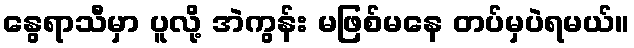
နွေရာသီမှာ ပူလို့ အဲကွန်း မဖြစ်မနေ တပ်မှပဲရမယ်။